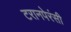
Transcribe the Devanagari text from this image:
टरानपेरंसी